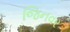
જિનવર